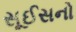
સૂઈસનો